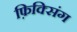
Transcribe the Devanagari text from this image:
फ़िक्सिंग